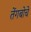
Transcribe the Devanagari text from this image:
तेंगबोचे